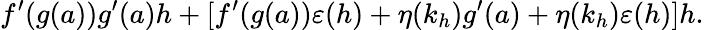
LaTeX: f^{\prime}(g(a))g^{\prime}(a)h+[f^{\prime}(g(a))\varepsilon(h)+\eta(k_{h})g^{\prime}(a)+\eta(k_{h})\varepsilon(h)]h.